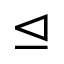
\trianglelefteq